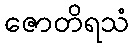
ဇောတိရသံ